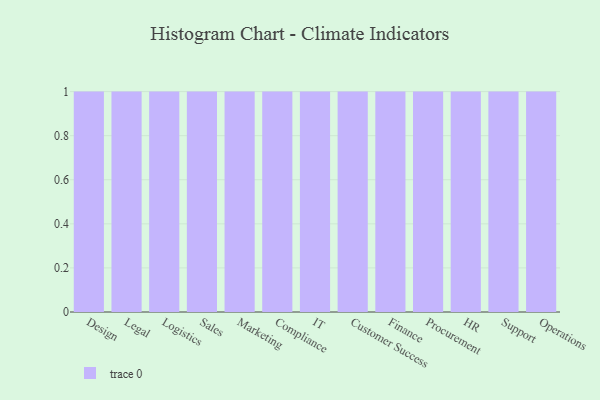
{"axis": {"x": "Department", "y": "Revenue (USD Million)"}, "legend": [""], "data": [{"x": "Design", "y": 51, "type": ""}, {"x": "Legal", "y": 65, "type": ""}, {"x": "Logistics", "y": 94, "type": ""}, {"x": "Sales", "y": 20, "type": ""}, {"x": "Marketing", "y": 65, "type": ""}, {"x": "Compliance", "y": 98, "type": ""}, {"x": "IT", "y": 11, "type": ""}, {"x": "Customer Success", "y": 93, "type": ""}, {"x": "Finance", "y": 81, "type": ""}, {"x": "Procurement", "y": 62, "type": ""}, {"x": "HR", "y": 28, "type": ""}, {"x": "Support", "y": 13, "type": ""}, {"x": "Operations", "y": 61, "type": ""}]}